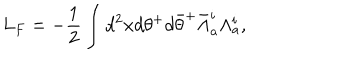
L _ { F } = - \frac { 1 } { 2 } \int d ^ { 2 } x d \theta ^ { + } d { \bar { \theta } } ^ { + } { \bar { \Lambda } } _ { a } ^ { i } \Lambda _ { a } ^ { i } ,